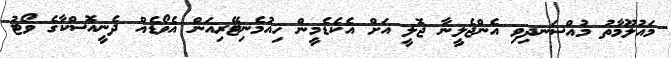
މައުލޫމާތު މުއްސަނދިވި އެންޖެލީނާ ޖޮލީ އަށް އެކެޑެމީން ހިއުމެނިޓޭރިއަން އެވޯޑެއް ދެނީއޮސްކާގެ ވޯޓު